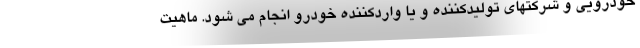
خودرویی و شرکتهای تولیدکننده و یا واردکننده خودرو انجام می شود. ماهیت